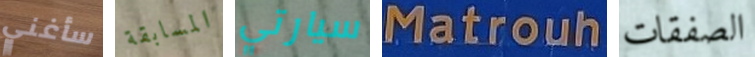
سأغني المسابقة سيارتي Matrouh الصفقات